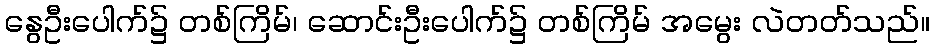
နွေဦးပေါက်၌ တစ်ကြိမ်၊ ဆောင်းဦးပေါက်၌ တစ်ကြိမ် အမွေး လဲတတ်သည်။